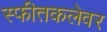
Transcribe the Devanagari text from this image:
स्फीतकलेवर